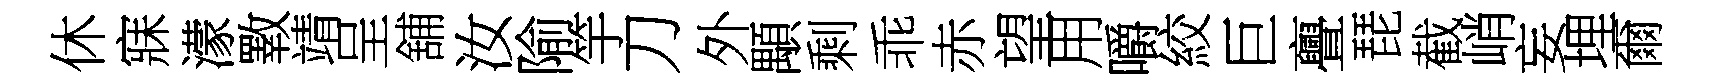
休寐濛斁靖呈舖汝隃竽刀外顒剩乖赤望用嚼絞巨亹琵截峭妄埋爾